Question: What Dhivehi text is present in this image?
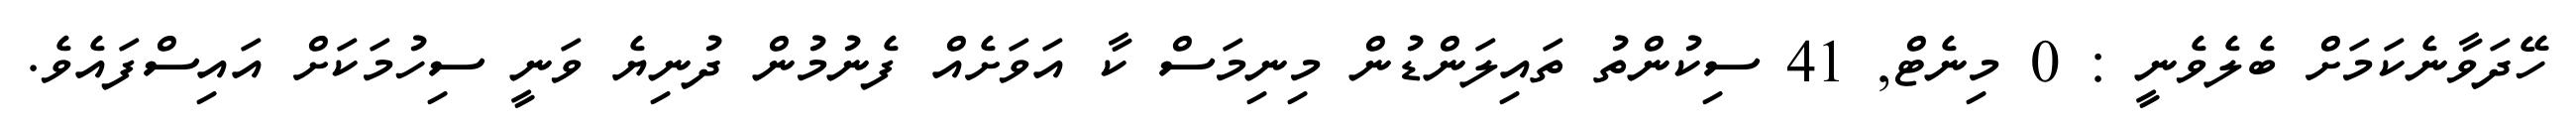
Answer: ހޭދަވާނެކަމަށް ބެލެވެނީ : 0 މިނެޓް, 41 ސިކުންތު ތައިލަންޑުން މިނިމަސް ކާ އަވަށެއް ފެނުމުން ދުނިޔެ ވަނީ ސިހުމަކަށް އައިސްފައެވެ.